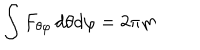
\int F _ { \theta \varphi } \, d \theta d \varphi = 2 \pi m